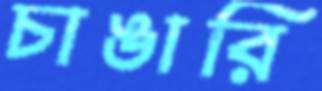
চাঙারি